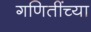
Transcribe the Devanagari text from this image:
गणितींच्या